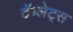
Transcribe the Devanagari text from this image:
टॅब्लेट्‍स